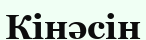
Кінәсін